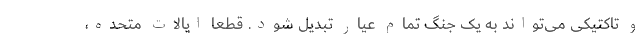
و تاکتیکی می‌تواند به یک جنگ تمام عیار تبدیل شود. قطعاً ایالات متحده،